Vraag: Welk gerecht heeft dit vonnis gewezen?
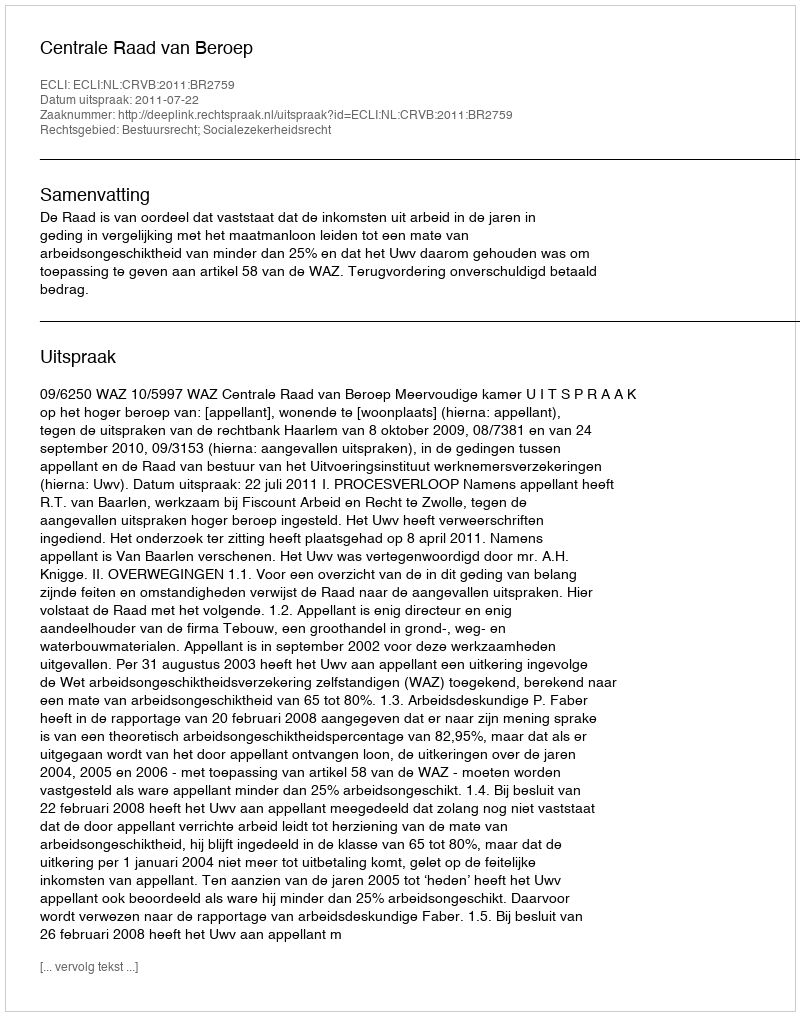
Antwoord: Centrale Raad van Beroep